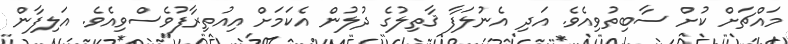
މައްޗަށް ކުށް ސާބިތުވިއެވެ. އަދި އެނުލަފާ ޤާތިލުގެ ދުލުން އެކަމަށް އިއުތިރާފުވެސްވިއެވެ. އަލިފާން